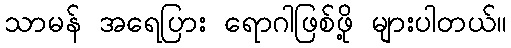
သာမန် အရေပြား ရောဂါဖြစ်ဖို့ များပါတယ်။